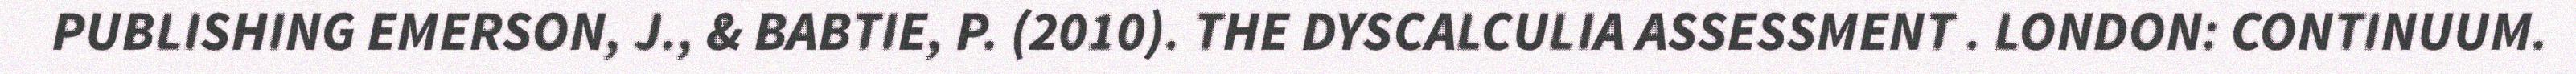
PUBLISHING EMERSON, J., & BABTIE, P. (2010). THE DYSCALCULIA ASSESSMENT . LONDON: CONTINUUM.